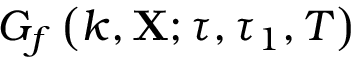
G _ { f } \left( k , \mathbf { X } ; \tau , \tau _ { 1 } , T \right)